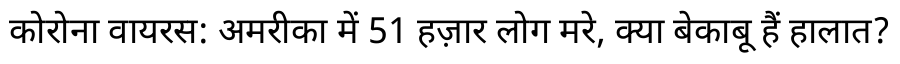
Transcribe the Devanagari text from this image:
कोरोना वायरस: अमरीका में 51 हज़ार लोग मरे, क्या बेकाबू हैं हालात?